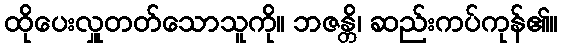
ထိုပေးလှူတတ်သောသူကို။ ဘဇန္တိ၊ ဆည်းကပ်ကုန်၏။